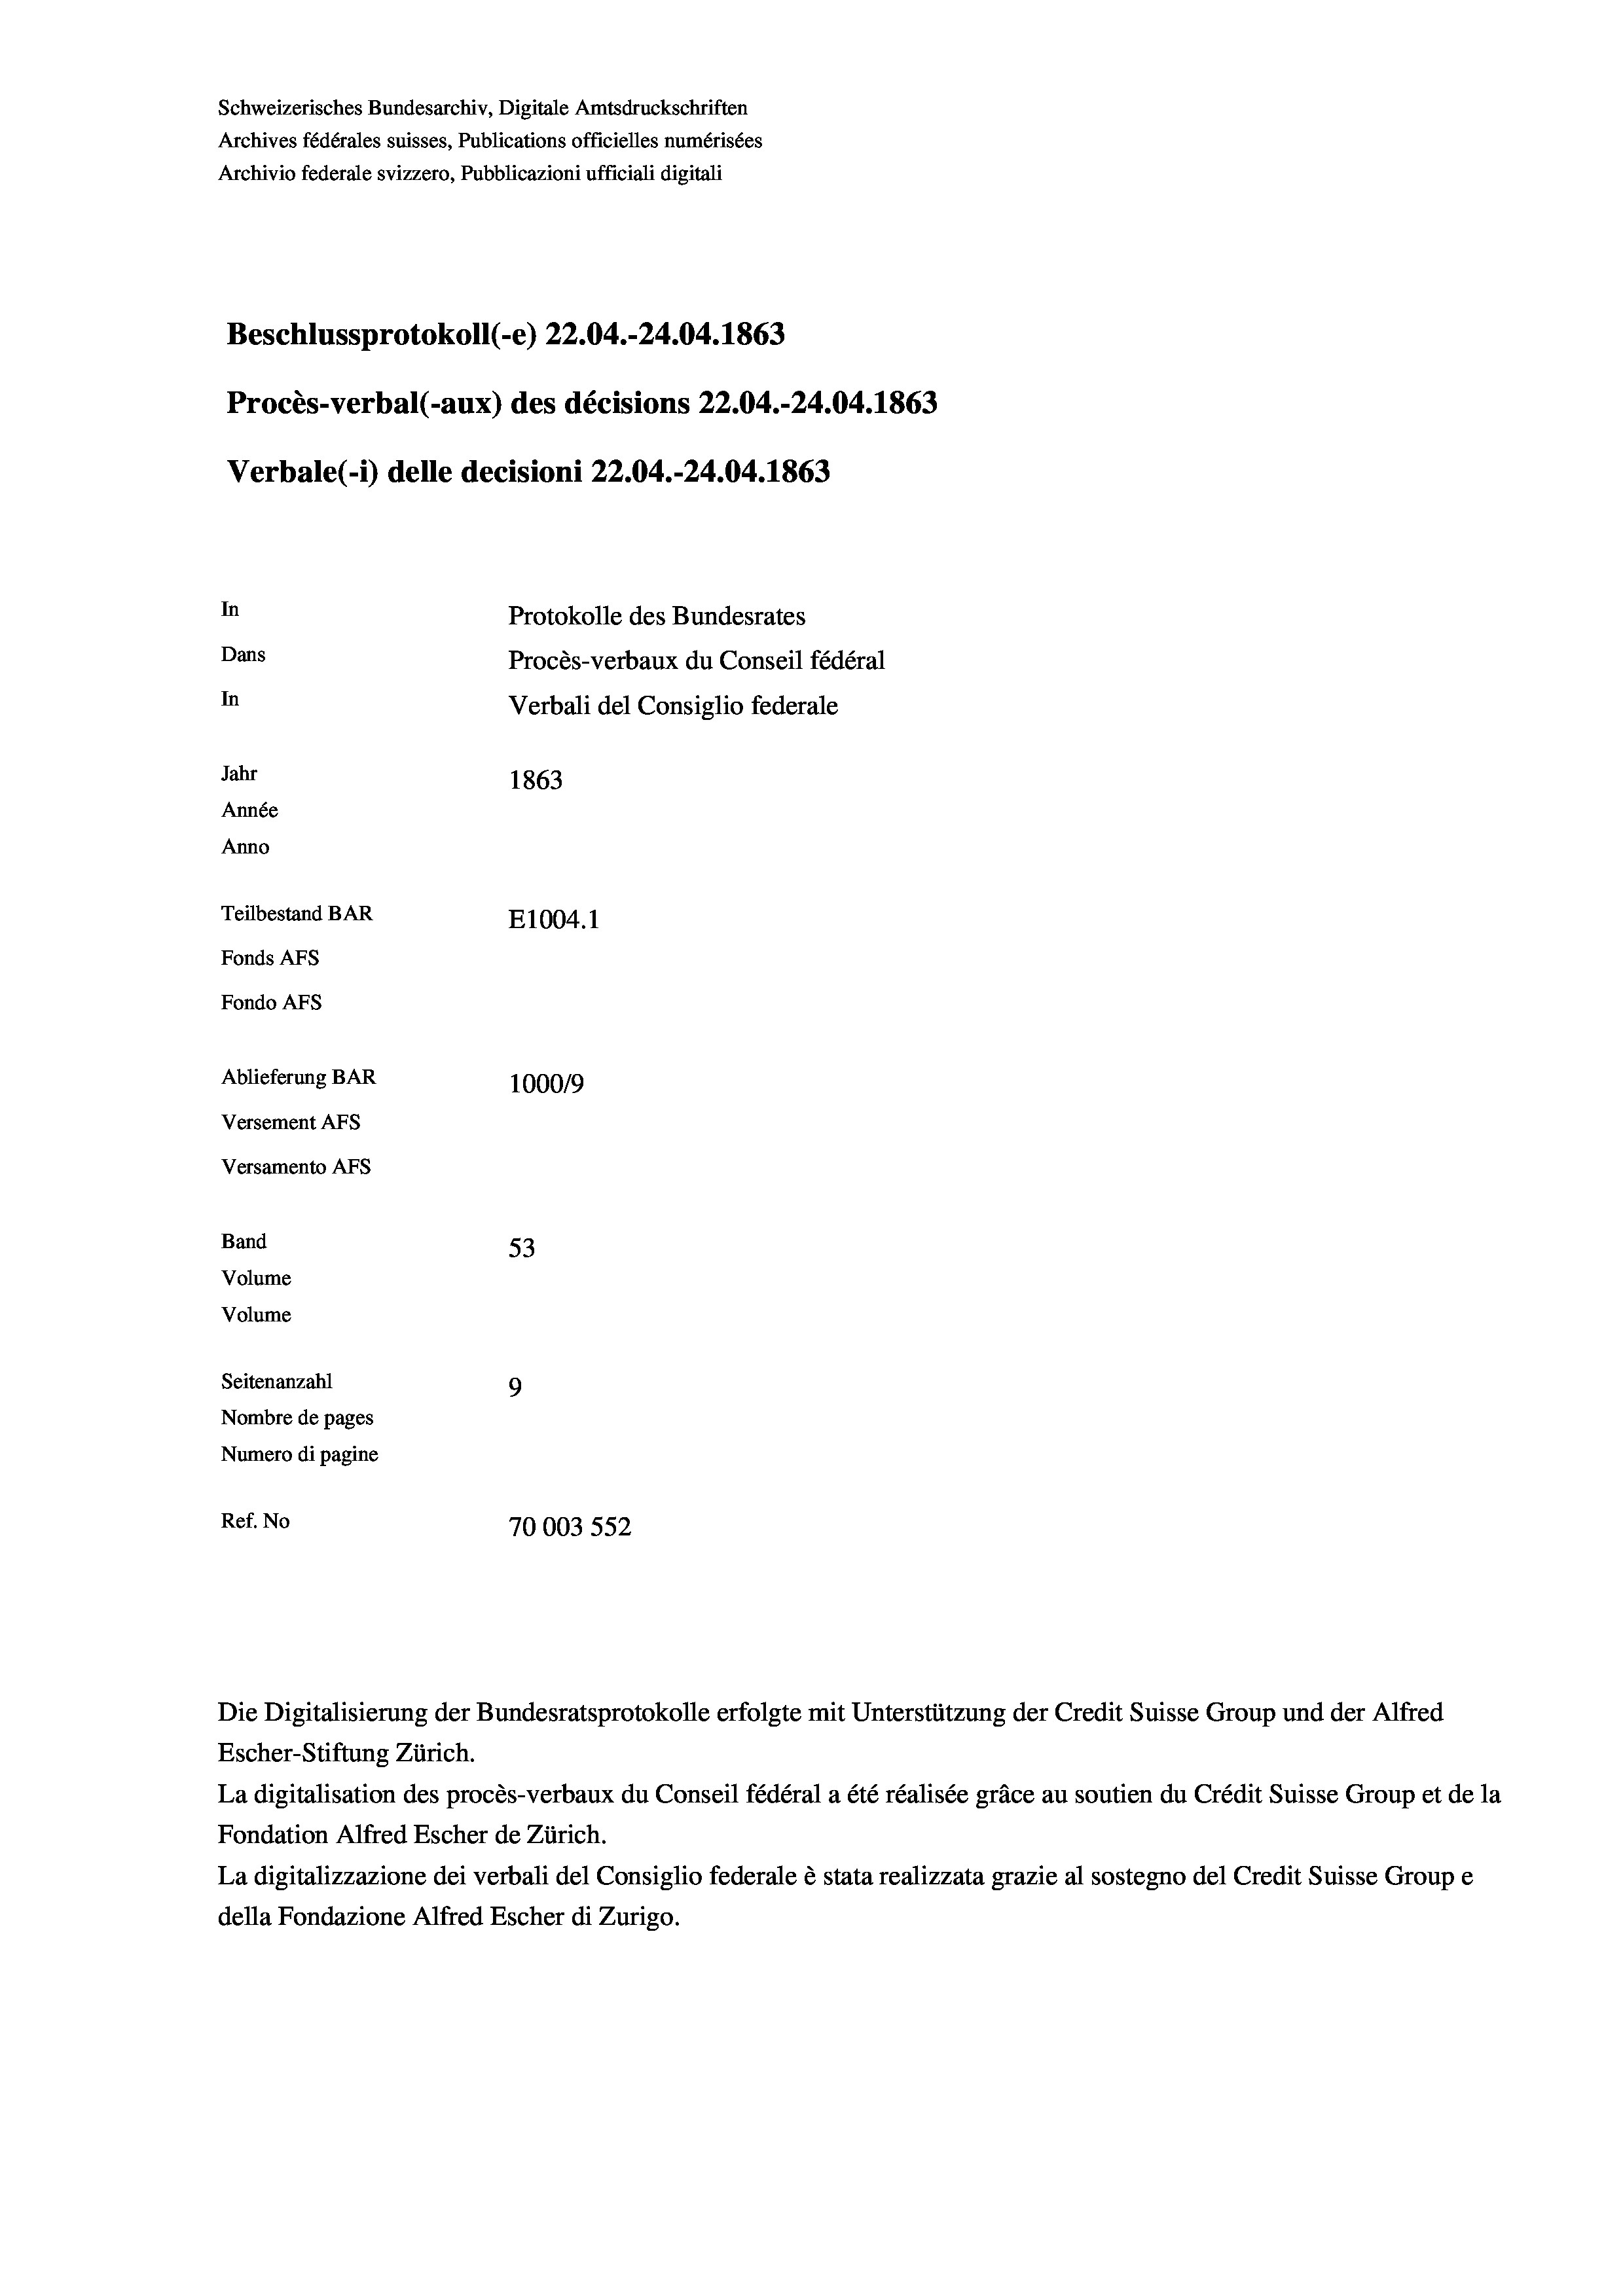
Beschlussprotokoll (-e) 22.04.-24.04. 1863
Procès-verbal (-aux) des décisions 22.04.-24.04. 1863
Verbale (i) delle decisioni 22.04.-24.04. 1863
In
Protokolle des Bundesrates
Dans
Procès-verbaux du Conseil fédéral
In
Verbali del Consiglio federale
Jahr
1863
Année
Anno
Teilbestand BAR
E1004.1
Fonds AFs
Fondo AFS

Ablieferung BAR
Versement As
Versamento Afs
Band
Volume
Volume

53
Seitenanzahl
9
Nombre de pages
Numero di pagine
Ref. No
70003 552

Schweizerisches Bundesarchiv, Digitale Amtsdruckschriften
Archives fédérales suisses, Publications officielles numérisées
Archivio federale svizzero, Pubblicazioni ufficiali digitali

100019

Escher-Stiftung Zürich.
La digitalisation des procès-verbaux du Conseil fédéral a été réalisée gräce au soutien du Crédit Suisse Group et de la
Fondation Alfred Escher de Zürich.
La digitalizzazione dei verbali del Consiglio federale è stata realizzata grazie al sostegno del Credit Suisse Groupe
della Fondazione Alfred Escher di Zurigo.

Die Digitalisierung der Bundesratsprotokolle erfolgte mit Unterstützung der Credit Suisse Group und der Alfred